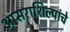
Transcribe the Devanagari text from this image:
अप्सराशिल्पांचे